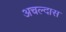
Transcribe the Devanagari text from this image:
अचल्दास